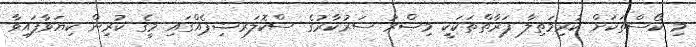
މި ކޯސްތަކަށް ކުރިމަތިލާ ފަރާތްތަކަކީ މިޞްރު ސަރުކާރުގެ ސްކޮލަރޝިޕެއްގައި މީގެ ކުރިން ކިޔަވާފައިވާ